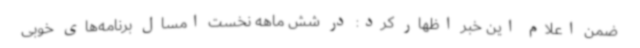
ضمن اعلام این خبر اظهار کرد: در شش ماهه نخست امسال برنامه‌های خوبی